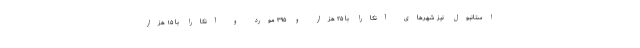
استانبول نیز شهرهای آنکارا با ۲۵ هزار و ۳۹۵ مورد و آنکارا با ۱۵ هزار